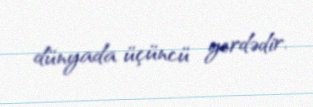
dünyada üçüncü yerdədir.